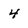
Character: 4